Scottish Leaving Certificate Examination, 1956
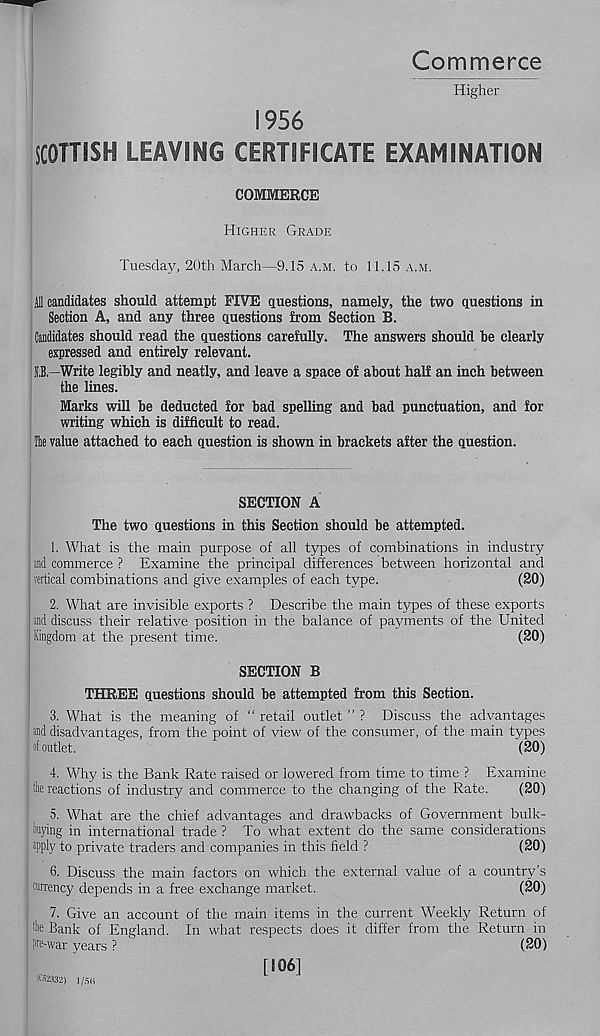
Commerce
Higher
1956
SCOTTISH LEAVING CERTIFICATE EXAMINATION
COMMERCE
Higher Grade
Tuesday, 20th March—9.15 a.m. to 11.15 a.m.
Ml candidates should attempt FIVE questions, namely, the two questions in
Section A, and any three questions from Section B.
Candidates should read the questions carefully. The answers should be clearly
expressed and entirely relevant.
O.—Write legibly and neatly, and leave a space of about half an inch between
the lines.
Marks will be deducted for bad spelling and bad punctuation, and for
writing which is difficult to read.
Be value attached to each question is shown in brackets after the question.
SECTION A
The two questions in this Section should be attempted.
1. What is the main purpose of all types of combinations in industry
and commerce ? Examine the principal differences between horizontal and
vertical combinations and give examples of each type.
(20)
2. What are invisible exports ? Describe the main types of these exports
and discuss their relative position in the balance of payments of the United
Kingdom at the present time.
(20)
SECTION B
THREE questions should be attempted from this Section.
3. What is the meaning of “ retail outlet ” ? Discuss the advantages
’ and disadvantages, from the point of view of the consumer, of the main types
■ j of outlet.
(20)
4. Why is the Bank Rate raised or lowered from time to time ? Examine
file reactions of industry and commerce to the changing of the Rate.
(20)
5. What are the chief advantages and drawbacks of Government bulk-
. buying in international trade ? To what extent do the same considerations
; apply to private traders and companies in this field ?
(20)
6. Discuss the main factors on which the external value of a country’s
currency depends in a free exchange market.
(20)
7. Give an account of the main items in the current Weekly Return of
Bank of England. In what respects does it differ from the Return in
| pre-war years ?
(20)
(CM332) 1 /5H
[106]